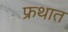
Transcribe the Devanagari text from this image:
फ्रथात